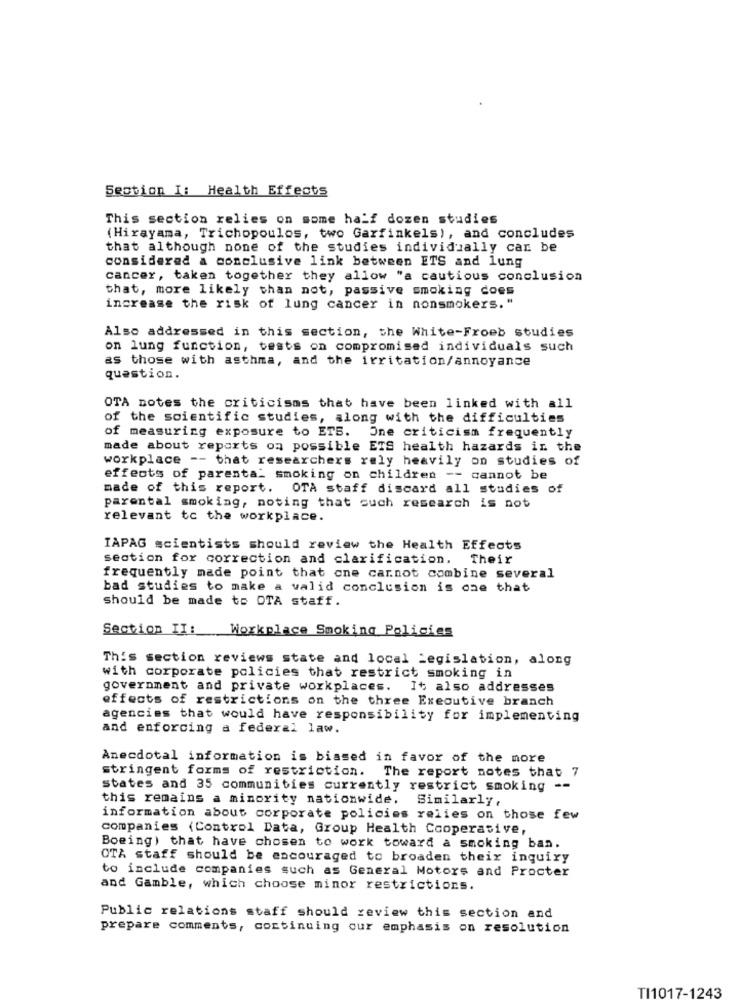
Section I: Health Effects
This section relies on some half dozen studies
(Hirayama, Trichopoulos, two Garfinkels), and concludes
that although none of the studies individually can be
considered a conclusive link between ETS and lung
cancer, taken together they allow "a cautious conclusion
that, more likely than not, passive smoking does
increase the risk of lung cancer in nonsmokers. "
Also addressed in this section, the White-Froeb studies
on lung function, tests on compromised individuals such
as those with asthma, and the irritation/annoyance
question.
OTA notes the criticisms that have been linked with all
of the scientific studies, along with the difficulties
of measuring exposure to ETS. One criticism frequently
made about reports on possible ETS health hazards in the
workplace -- that researchers rely heavily on studies of
effects of parenta_ smoking on children -- cannot be
made of this report. OTA staff discard all studies of
parental smoking, noting that such research is not
relevant to the workplace.
IAPAG scientists should review the Health Effects
section for correction and clarification. Their
frequently made point that one carnot combine several
bad studies to make a valid conclusion is one that
should be made to OTA staff.
Section II:
Workplace Smoking Policies
This section reviews state and local Legislation, along
with corporate policies that restrict smoking in
government and private workplaces.
It also addresses
effects of restrictions on the three Executive branch
agencies that would have responsibility for implementing
and enforcing a federal law.
Anecdotal information is biased in favor of the more
stringent forms of restriction.
The report notes that 7
states and 35 communities currently restrict smoking --
this remains a minority nationwide.
Similarly,
information about corporate policies relies on those few
companies (Control Data, Group Health Cooperative,
Boeing) that have chosen to work toward a smoking ban.
OTA staff should be encouraged to broaden their inquiry
to include companies such as General Motors and Procter
and Gamble, which choose minor restrictions.
Public relations staff should review this section and
prepare comments, continuing our emphasis on resolution
TI1017-1243